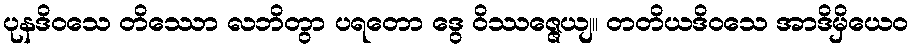
ပုနဒိဝသေ တိဿော လဘိတွာ ပရတော ဒွေ ဝိဿဇ္ဇေယျ။ တတိယဒိဝသေ အာဒိမှိယေဝ